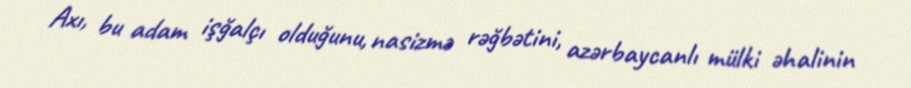
Axı, bu adam işğalçı olduğunu, nasizmə rəğbətini, azərbaycanlı mülki əhalinin